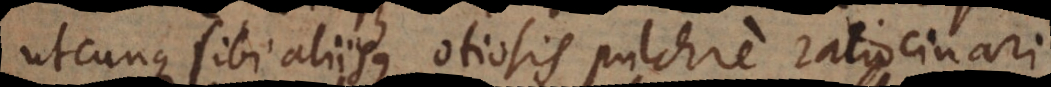
utcunque sibi aliisque otiosis pulchre ratiocinari